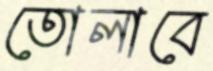
তোলাবে